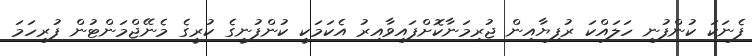
ފެނަކަ ކުންފުނި ހަލައްކަ ރުފިޔާއިން ޖުރިމަނާކޮށްފައިވާއިރު އެކަމަކީ ކުންފުނީގެ ކުރީގެ މެނޭޖްމަންޓުން ފުރިހަމަ